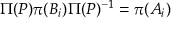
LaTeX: \Pi ( P ) \pi ( B _ { i } ) \Pi ( P ) ^ { - 1 } = \pi ( A _ { i } )